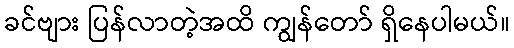
ခင်ဗျား ပြန်လာတဲ့အထိ ကျွန်တော် ရှိနေပါမယ်။